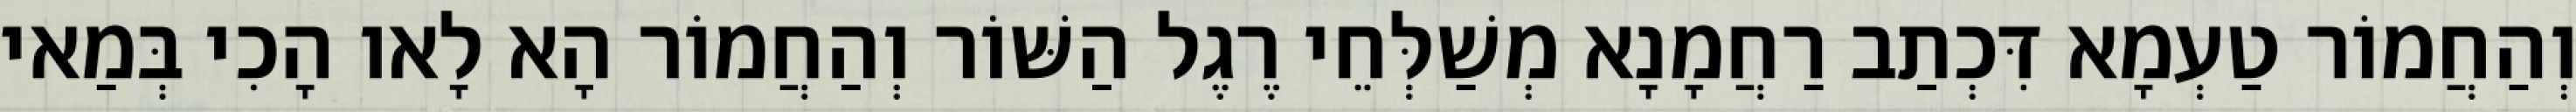
וְהַחֲמוֹר טַעְמָא דִּכְתַב רַחֲמָנָא מְשַׁלְּחֵי רֶגֶל הַשּׁוֹר וְהַחֲמוֹר הָא לָאו הָכִי בְּמַאי